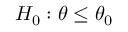
H _ { 0 } : \theta \leq \theta _ { 0 }